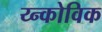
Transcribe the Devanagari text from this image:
य्न्कोविक